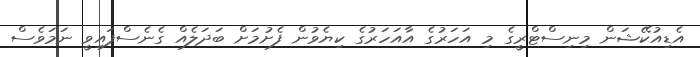
އެޑިއުކޭޝަން މިނިސްޓްރީގެ މި އަހަރުގެ އާއަހަރުގެ ކިޔެވުން ފެށުމަށް ބަދަލެއް ގެނެސްފައިވީ ނަމަވެސް